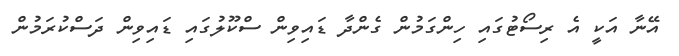
އޭނާ އަކީ އެ ރިސޯޓުގައި ހިންގަމުން ގެންދާ ޑައިވިން ސްކޫލުގައި ޑައިވިން ދަސްކުރަމުން